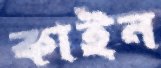
কাইন